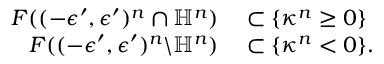
\begin{array} { r l } { F ( ( - \epsilon ^ { \prime } , \epsilon ^ { \prime } ) ^ { n } \cap \mathbb { H } ^ { n } ) } & { { } \subset \{ \kappa ^ { n } \geq 0 \} } \\ { F ( ( - \epsilon ^ { \prime } , \epsilon ^ { \prime } ) ^ { n } \backslash \mathbb { H } ^ { n } ) } & { { } \subset \{ \kappa ^ { n } < 0 \} . } \end{array}